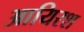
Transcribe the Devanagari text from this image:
आयिरश